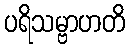
ပရိသမ္ဗာဟတိ